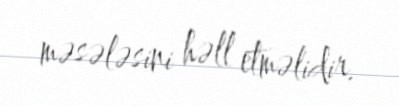
məsələsini həll etməlidir.